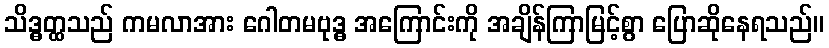
သိဒ္ဓတ္ထသည် ကမလာအား ဂေါတမဗုဒ္ဓ အကြောင်းကို အချိန်ကြာမြင့်စွာ ပြောဆိုနေရသည်။